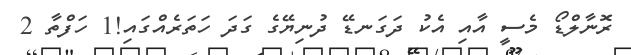
ރޮނާލްޑޯ މެސީ އާއި އެކު ދަގަނޑޭ ދުނިޔޭގެ ގަދަ ހަތަރެއްގައި!1 ހަފްތާ 2